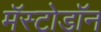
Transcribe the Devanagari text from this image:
मॅस्टोडॉन